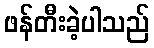
ဖန်တီးခဲ့ပါသည်